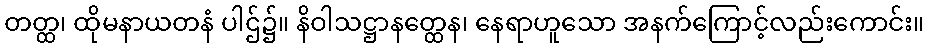
တတ္ထ၊ ထိုမနာယတနံ ပါဌ်၌။ နိဝါသဋ္ဌာနတ္ထေန၊ နေရာဟူသော အနက်ကြောင့်လည်းကောင်း။